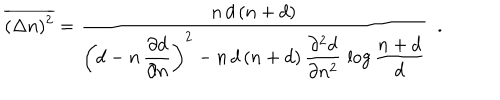
\overline { { { ( \Delta n ) ^ { 2 } } } } = \frac { n \, d \, ( n + d ) } { \left( d - n \, \displaystyle { \frac { \partial d } { \partial n } } \right) ^ { 2 } - n \, d \, ( n + d ) \, \displaystyle { \frac { \partial ^ { 2 } d } { \partial n ^ { 2 } } } \, \log \frac { n + d } { d } } \ \ .